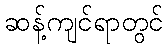
ဆန့်ကျင်ရာတွင်